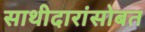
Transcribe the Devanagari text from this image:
साथीदारांसोबत